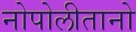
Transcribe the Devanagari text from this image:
नोपोलीतानो